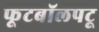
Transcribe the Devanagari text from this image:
फूटबॉलपटू